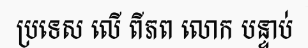
ប្រទេស លើ ពីភព លោក បន្ទាប់